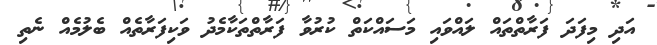
އަދި މިފަދަ ފަރާތްތައް ލައްވައި މަސައްކަތް ކުރުވާ ފަރާތްތަކާމެދު ވަކިފަރާތެއް ބެލުމެއް ނެތި